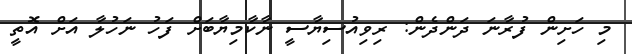
މި ހަށިން ފުރާނަ ދަންދެން: ރިވިއުސިޔާސީ ނާކާމިޔާބަށް ފަހު ނަހުލާ އަށް އޮތީ